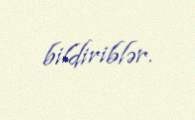
bildiriblər.